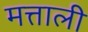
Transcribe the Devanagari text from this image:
मत्ताली